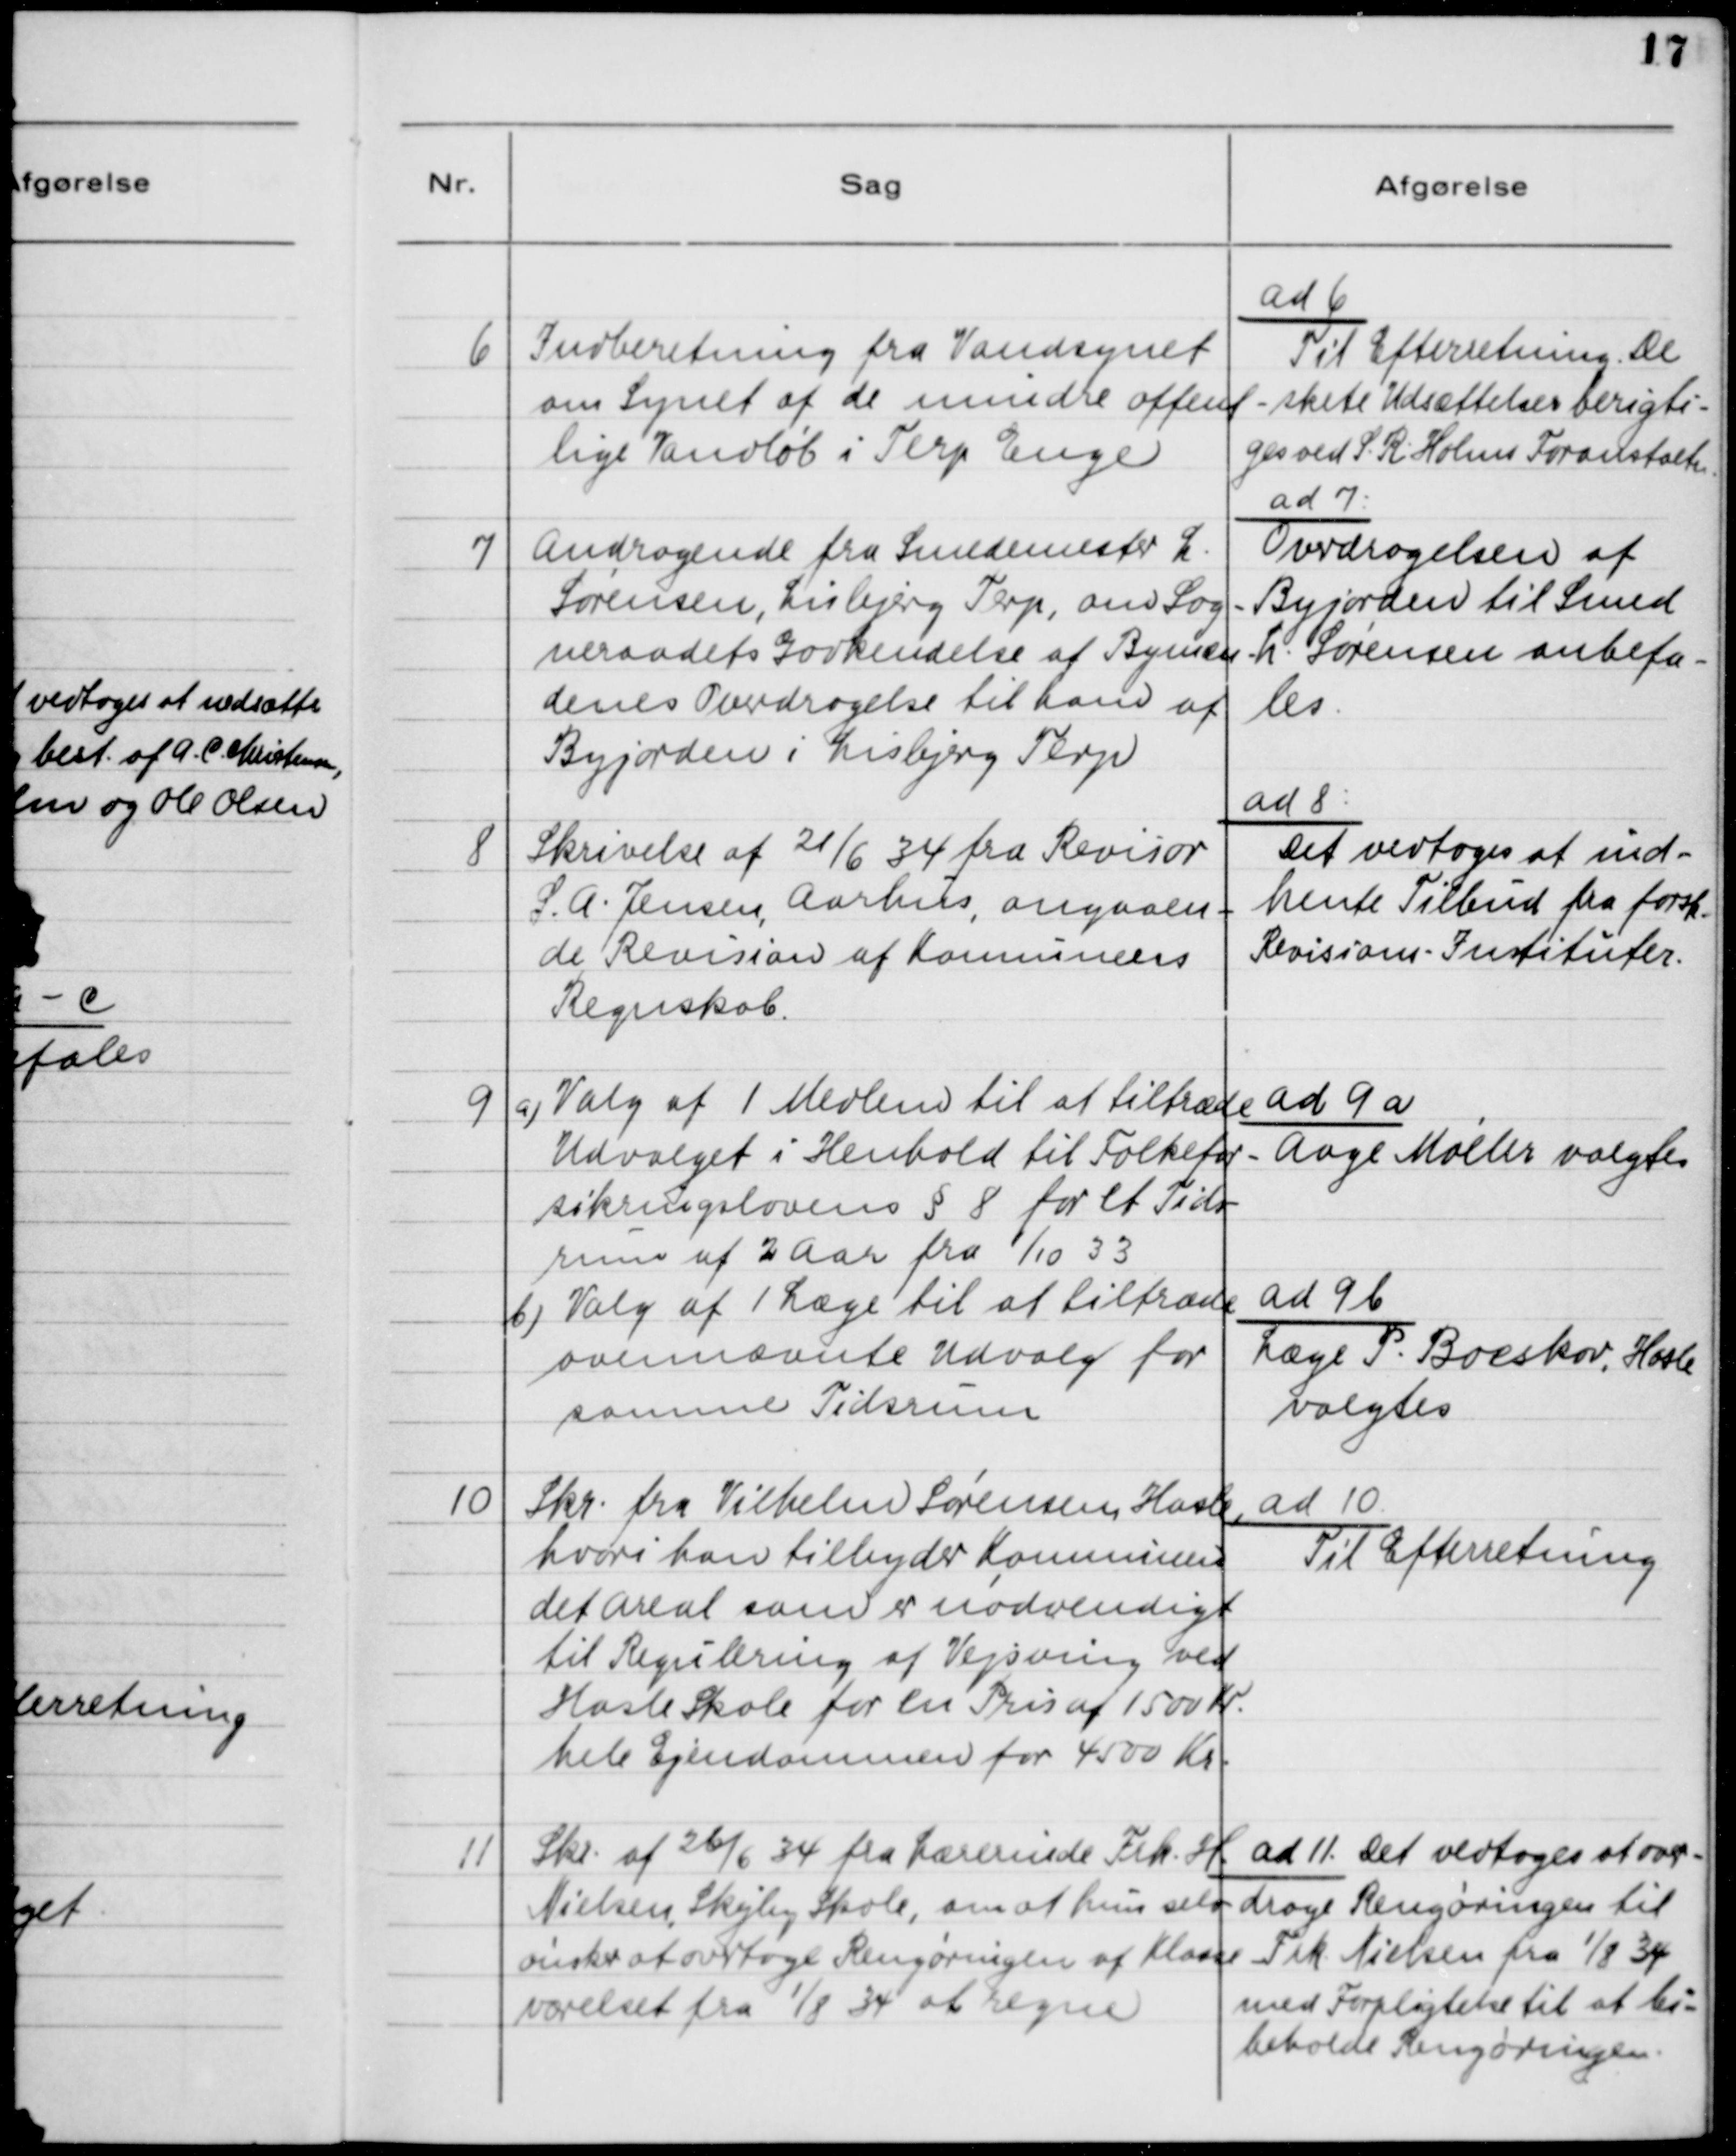
Transskription:
6

Indberetning fra Vandsynet
om Synet af de mindre offent-
lige Vandløb i Terp Enge

ad 6.
Til Efterretning. De
skete Udsættelser berigti-
ges ved S. R. Holms Foranstaltn.

7

Andragende fra Smedemester L.
Sørensen, Lisbjerg Terp, om Sog-
neraadets Godkendelse af Bymæn-
denes Overdragelse til ham af
Byjorden i Lisbjerg Terp.

ad 7.
Overdragelsen af
Byjorden til Smed
L. Sørensen anbefa-
les.

8

Skrivelse af 21/6 34 fra Revisor
S. A. Jensen, Aarhus, angaaen-
de Revision af Kommunens
Regnskab.

ad 8.
Det vedtoges at ind-
hente Tilbud fra forsk.
Revisions - Instituter.

9

a) Valg af 1 Medlem til at tiltræde
Udvalget i Henhold til Folkefor-
sikringslovens §8 for et Tids-
rum af 2 Aar fra 1/10 33
b) Valg af 1 Læge til at tiltræde
ovennævnte Udvalg for
samme Tidsrum

ad 9 a
Aage Møller valgtes

ad 9b
Læge P. Boeskov, Hasle
valgtes

10

Skr. fra Vilhelm Sørensen, Hasle,
hvori han tilbyder Kommunen
det Areal som er nødvendigt
til Regulering af Vejsving ved
Hasle Skole for en Pris af 1500 Kr.
hele Ejendommen for 4500 Kr.

ad 10
Til Efterretning

11

Skr. af 26/6 34 fra Lærerinde Frk. H.
Nielsen, Skejby Skole, om at hun selv
ønsker at overtage Rengøringen af Klasse-
værelset fra 1/8 34 at regne.

ad 11. Det vedtoges at over-
drage Rengøringen til
Frk. Nielsen fra 1/8 34
med Forpligtelse til at bi-
beholde Rengøringen.